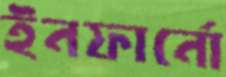
ইনফার্নো